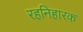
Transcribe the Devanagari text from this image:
रहनिहारक